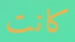
كانت